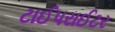
ટાઈપરાઈટર